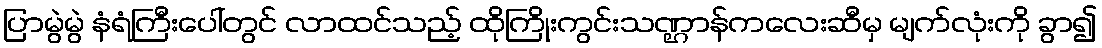
ပြာမွဲမွဲ နံရံကြီးပေါ်တွင် လာထင်သည့် ထိုကြိုးကွင်းသဏ္ဌာန်ကလေးဆီမှ မျက်လုံးကို ခွာ၍